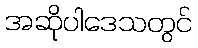
အဆိုပါဒေသတွင်